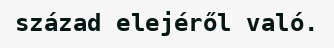
század elejéről való.